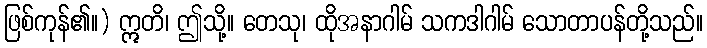
ဖြစ်ကုန်၏။) ဣတိ၊ ဤသို့။ တေသု၊ ထိုအနာဂါမ် သကဒါဂါမ် သောတာပန်တို့သည်။